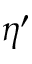
\eta ^ { \prime }